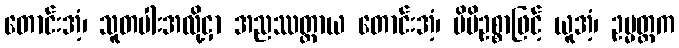
တောင်းအံ့၊ သူတပါးအလို့ငှာ အညဿတ္ထာယ တောင်းအံ့၊ မိမိဥစ္စာဖြင့် ယူအံ့၊ ဥမ္မတ္တက